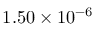
1 . 5 0 \times 1 0 ^ { - 6 }